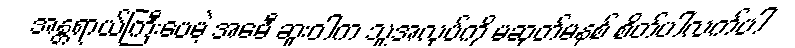
အန္တရာယ်ကြီးပေမဲ့ အေမီ ဆူးဝါက သူ့အလုပ်ကို မဆုတ်မနစ် စိတ်ပါလက်ပါ